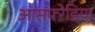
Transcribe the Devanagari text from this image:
आसफ्ऱेडिया